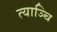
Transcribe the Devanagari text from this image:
त्याञ्चि